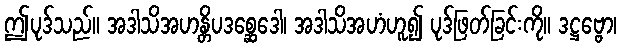
ဤပုဒ်သည်။ အဒါသိအဟန္တိပဒစ္ဆေဒေါ၊ အဒါသိအဟံဟူ၍ ပုဒ်ဖြတ်ခြင်းကို။ ဒဋ္ဌဗ္ဗော၊